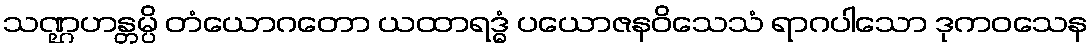
သဏ္ဌဟန္တမ္ပိ တံယောဂတော ယထာရဒ္ဓံ ပယောဇနဝိသေသံ ရာဂပါသော ဒုကဝသေန